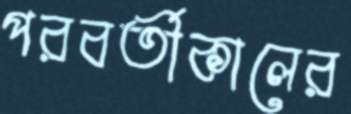
পরবর্তীকালের